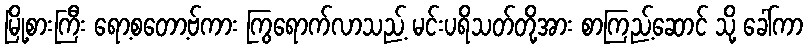
မြို့စားကြီး ရော့စတော့ဗ်ကား ကြွရောက်လာသည့် မင်းပရိသတ်တို့အား စာကြည့်ဆောင် သို့ ခေါ်ကာ